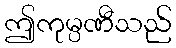
ဤကုမ္ပဏီသည်